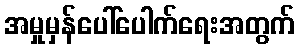
အမှုမှန်ပေါ်ပေါက်ရေးအတွက်